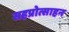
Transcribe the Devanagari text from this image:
सहप्रोत्साहन